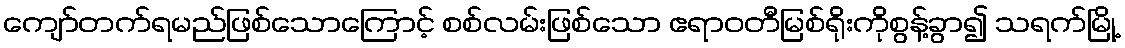
ကျော်တက်ရမည်ဖြစ်သောကြောင့် စစ်လမ်းဖြစ်သော ဧရာဝတီမြစ်ရိုးကိုစွန့်ခွာ၍ သရက်မြို့